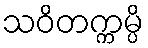
သဝိတက္ကမ္ပိ